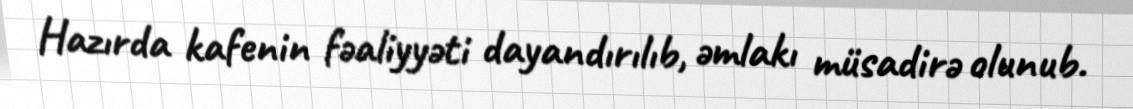
Hazırda kafenin fəaliyyəti dayandırılıb, əmlakı müsadirə olunub.